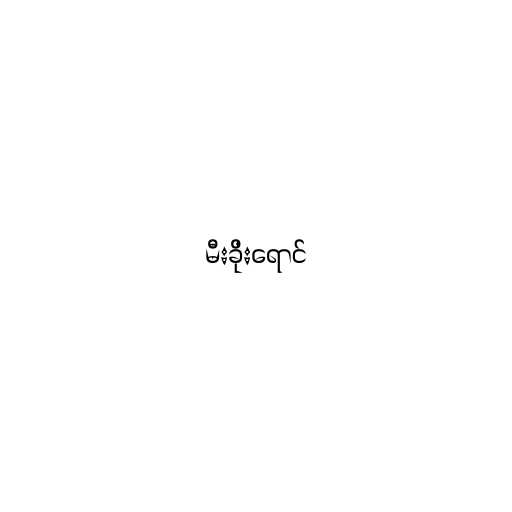
မီးခိုးရောင်